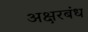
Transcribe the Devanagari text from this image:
अक्षरबंध